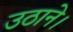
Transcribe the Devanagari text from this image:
उठाने।